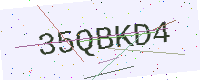
Text: 35QBKD4